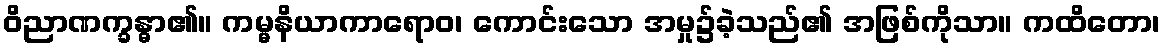
ဝိညာဏက္ခန္ဓာ၏။ ကမ္မနိယာကာရောဝ၊ ကောင်းသော အမှု၌ခဲ့သည်၏ အဖြစ်ကိုသာ။ ကထိတော၊